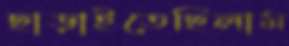
ছাড়াইতেছিলাম